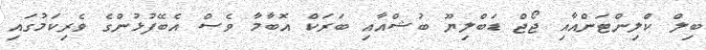
ބިލް ކްލިންޓަންއާއި ޖޯޖް ޑަބްލިޔޫ ބުޝްއާއި ބަރަކް އޮބާމާ ވެސް އެބޭފުޅުންގެ ވެރިކަމުގައި